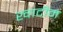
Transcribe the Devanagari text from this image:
खादीम